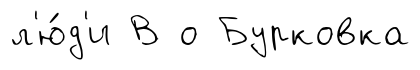
л'ю́д'и В о Бурковка